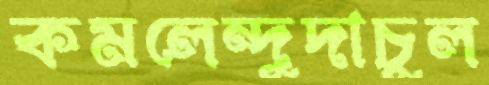
কমলেন্দুদাচুল